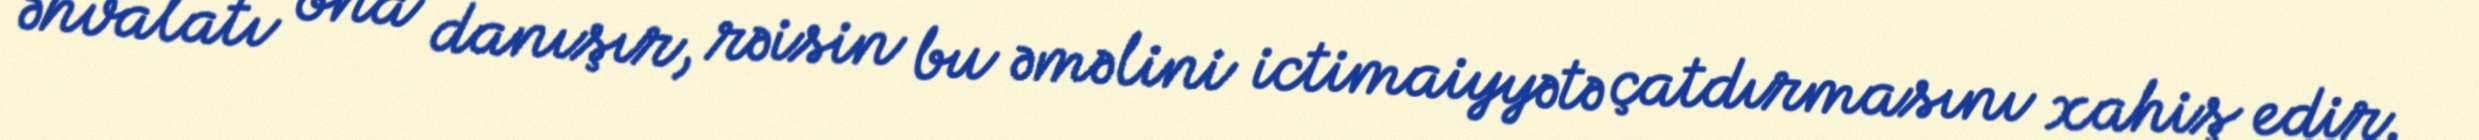
əhvalatı ona danışır, rəisin bu əməlini ictimaiyyətə çatdırmasını xahiş edir.